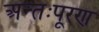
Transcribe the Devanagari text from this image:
अन्तःपूरण